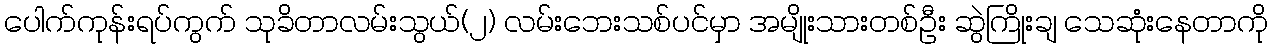
ပေါက်ကုန်းရပ်ကွက် သုခိတာလမ်းသွယ်(၂) လမ်းဘေးသစ်ပင်မှာ အမျိုးသားတစ်ဦး ဆွဲကြိုးချ သေဆုံးနေတာကို